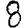
Digit: 8